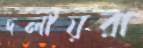
দলীয়রা